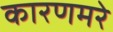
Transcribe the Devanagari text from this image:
कारणमरे